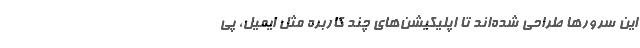
این سرورها طراحی شده‌اند تا اپلیکیشن‌های چند کاربره مثل ایمیل، پی